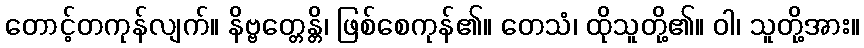
တောင့်တကုန်လျက်။ နိဗ္ဗတ္တေန္တိ၊ ဖြစ်စေကုန်၏။ တေသံ၊ ထိုသူတို့၏။ ဝါ၊ သူတို့အား။